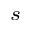
_ s